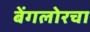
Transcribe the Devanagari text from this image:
बेंगलोरचा